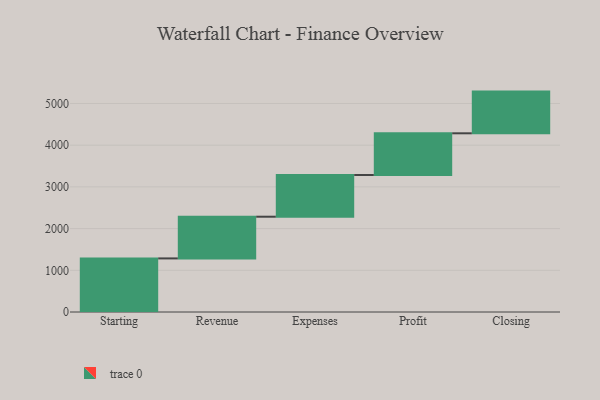
{"axis": {"x": "Step", "y": "Value"}, "legend": [""], "data": [{"x": "Starting", "y": 1285.0, "type": ""}, {"x": "Revenue", "y": 1000, "type": ""}, {"x": "Expenses", "y": 1000, "type": ""}, {"x": "Profit", "y": 1000, "type": ""}, {"x": "Closing", "y": 1000, "type": ""}]}